Report of the Indian Hemp Drugs Commission, 1894-1895 - Volume IV
Year: 1894
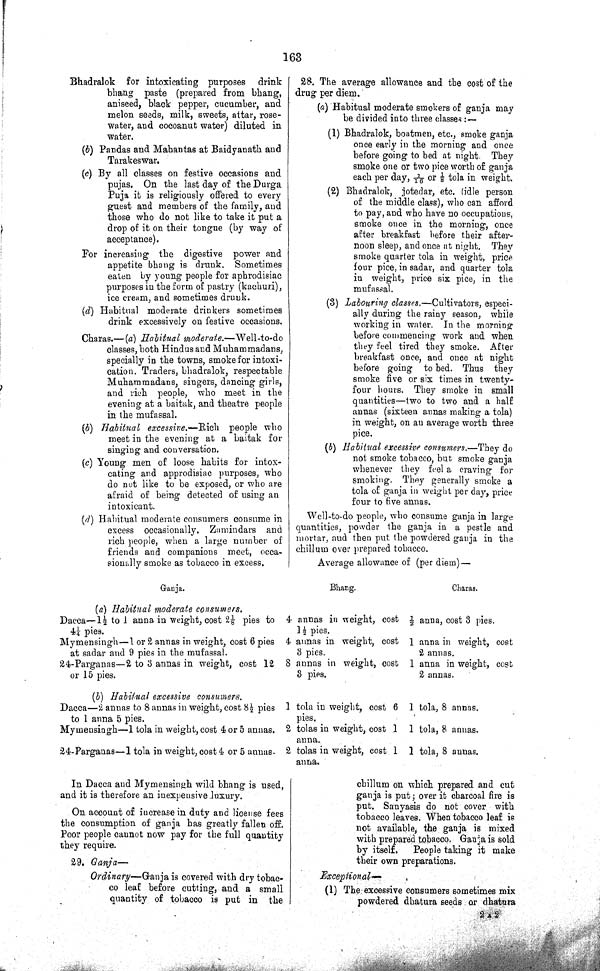
163
Bhadralok for intoxicating purposes drink
bhang paste (prepared from bhang,
aniseed, black pepper, cucumber, and
melon seeds, milk, sweets, attar, rose-
water, and cocoanut water) diluted in
water.
(b) Pandas and Mahantas at Baidyanath and
Tarakeswar.
(c) By all classes on festive occasions and
pujas. On the last day of the Durga
Puja it is religiously offered to every
guest and members of the family, and
those who do not like to take it put a
drop of it on their tongue (by way of
acceptance).
For increasing the digestive power and
appetite bhang is drunk. Sometimes
eaten by young people for aphrodisiac
purposes in the form of pastry (kachuri),
ice cream, and sometimes drunk.
(d) Habitual moderate drinkers sometimes
drink excessively on festive occasions.
Charas.—(a) Habitual moderate.—Well-to-do
classes, both Hindus and Muhammadans,
specially in the towns, smoke for intoxi¬
cation. Traders, bhadralok, respectable
Muhammadans, singers, dancing girls,
and rich people, who meet in the
evening at a baitak, and theatre people
in the mufassal.
(b) Habitual excessive.—Rich people who
meet in the evening at a baitak for
singing and conversation.
(c) Young men of loose habits for intox-
cating and approdisiac purposes, who
do not like to be exposed, or who are
afraid of being detected of using an
intoxicant.
(d) Habitual moderate consumers consume in
excess occasionally. Zamindars and
rich people, when a large number of
friends and companions meet, occa¬
sionally smoke as tobacco in excess.
28. The average allowance and the cost of the
drug per diem.
(a) Habitual moderate smokers of ganja may
be divided into three classes:—
(1) Bhadralok, boatmen, etc., smoke ganja
once early in the morning and once
before going to bed at night. They
smoke one or two pice worth of ganja
each per day, 1/16 or ⅛ tola in weight.
(2) Bhadralok, jotedar, etc. (idle person
of the middle class), who can afford
to pay, and who have no occupations,
smoke once in the morning, once
after breakfast before their after¬
noon sleep, and once at night. They
smoke quarter tola in weight, price
four pice, in sadar, and quarter tola
in weight, price six pice, in the
mufassal.
(3) Labouring classes.—Cultivators, especi¬
ally during the rainy season, while
working in water. In the morning
before commencing work and when
they feel tired they smoke. After
breakfast once, and once at night
before going to bed. Thus they
smoke five or six times in twenty-
four hours. They smoke in small
quantities—two to two and a half
annas (sixteen annas making a tola)
in weight, on an average worth three
pice.
(b) Habitual excessive consumers.—They do
not smoke tobacco, but smoke ganja
whenever they feel a craving for
smoking. They generally smoke a
tola of ganja in weight per day, price
four to five annas.
Well-to-do people, who consume ganja in large
quantities, powder the ganja in a pestle and
mortar, aud then put the powdered ganja in the
chillum over prepared tobacco.
Average allowance of (per diem)—
Ganja.
Bhang.
Charas.
(a) Habitual moderate consumers.
Dacca—11/2 to 1 anna in weight, cost 21/8 pies to
41/4 pies.
4 annas in weight, cost
11/2 pies.
1/2 anna, cost 3 pies.
Mymensingh—1 or 2 annas in weight, cost 6 pies
at sadar and 9 pies in the mufassal.
4 annas in weight, cost
3 pies.
1 anna in weight, cost
2 annas.
24-Parganas—2 to 3 annas in weight, cost 12
or 15 pies.
8 annas in weight, cost
3 pies.
1 anna in weight, cost
2 annas.
(b) Habitual excessive consumers.
Dacca—2 annas to 8 annas in weight, cost 81/2 pies
to 1 anna 5 pies.
1 tola in weight, cost 6
pies.
1 tola, 8 annas.
Mymensingh—1 tola in weight, cost 4 or 5 annas. 2 tolas in weight, cost 1
anna.
1 tola, 8 annas.
24-Parganas—1 tola in weight, cost 4 or 5 annas. 2 tolas in weight, cost 1
anna.
1 tola, 8 annas.
In Dacca and Mymensingh wild bhang is used,
and it is therefore an inexpensive luxury.
On account of increase in duty and license fees
the consumption of ganja has greatly fallen off.
Poor people cannot now pay for the full quantity
they require.
29. Ganja—
Ordinary—Ganja is covered with dry tobac¬
co leaf before cutting, and a small
quantity of tobacco is put in the
chillum on which prepared and cut
ganja is put; over it charcoal fire is
put. Sanyasis do not cover with
tobacco leaves. When tobacco leaf is
not available, the ganja is mixed
with prepared tobacco. Ganja is sold
by itself. People taking it make
their own preparations.
Exceptional—
(1) The excessive consumers sometimes mix
powdered dhatura seeds or dhatura
2 X 2